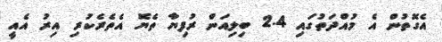
އެގޮތުން އެ މުއްދަތުގައި 2.4 ބިލިއަން ރުފިޔާ ތެޔޮ އެތެރެކުރި އިރު އެއީ